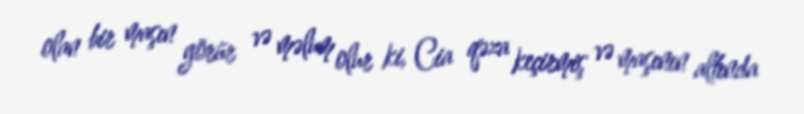
olan bir maşın görür və məlum olur ki, Cia qəza keçirmiş və maşının altında